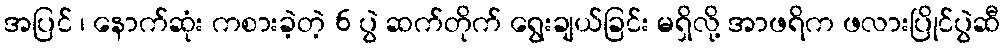
အပြင် ၊ နောက်ဆုံး ကစားခဲ့တဲ့ 6 ပွဲ ဆက်တိုက် ရွေးချယ်ခြင်း မရှိလို့ အာဖရိက ဖလားပြိုင်ပွဲဆီ